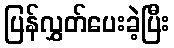
ပြန်လွှတ်ပေးခဲ့ပြီး